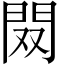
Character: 𨳦